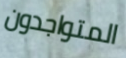
المتواجدون